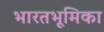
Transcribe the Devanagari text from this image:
भारतभूमिका